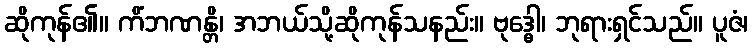
ဆိုကုန်၏။ ကိံဘဏန္တိ၊ အဘယ်သို့ဆိုကုန်သနည်း။ ဗုဒ္ဓေါ၊ ဘုရားရှင်သည်။ ပူဇံ၊